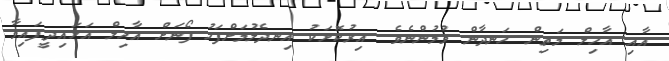
އާއި އާހިލް މަތިން ހަނދާން ވުމުންނެވެ. އިރުކޮޅަކު އިނދެލުމަށްފަހު ފޯނަށް އާހިލް އަޅައިދީފައިވާ